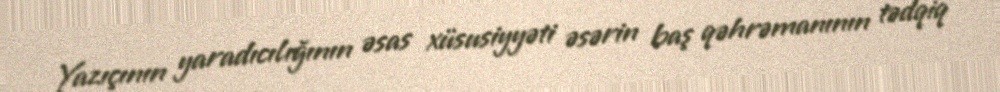
Yazıçının yaradıcılığının əsas xüsusiyyəti əsərin baş qəhrəmanının tədqiq